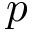
p